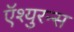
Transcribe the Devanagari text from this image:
ऍश्युरन्स